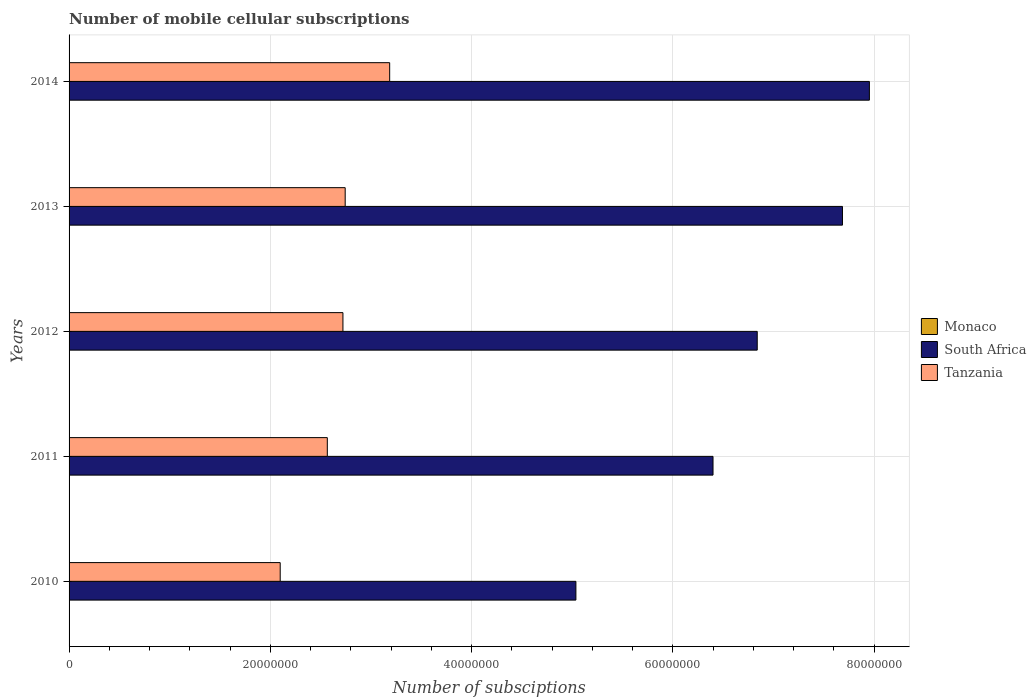
| Years | Monaco | South Africa | Tanzania |
 | --- | --- | --- | --- |
 | 2010 | 2.34e+04 | 5.04e+07 | 2.1e+07 |
 | 2011 | 3.18e+04 | 6.4e+07 | 2.57e+07 |
 | 2012 | 3.32e+04 | 6.84e+07 | 2.72e+07 |
 | 2013 | 3.55e+04 | 7.69e+07 | 2.74e+07 |
 | 2014 | 3.37e+04 | 7.95e+07 | 3.19e+07 |